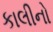
કાલીનો